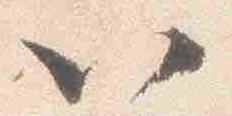
以